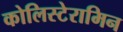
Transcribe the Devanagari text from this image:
कोलिस्टेरामिन